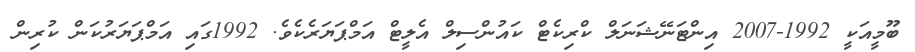
ބޫމީއަކީ 1992-2007 އިންޓަނޭޝަނަލް ކްރިކެޓް ކައުންސިލް އެލީޓް އަމްޕަޔަރެކެވެ. 1992ގައި އަމްޕަޔަރުކަން ކުރިން